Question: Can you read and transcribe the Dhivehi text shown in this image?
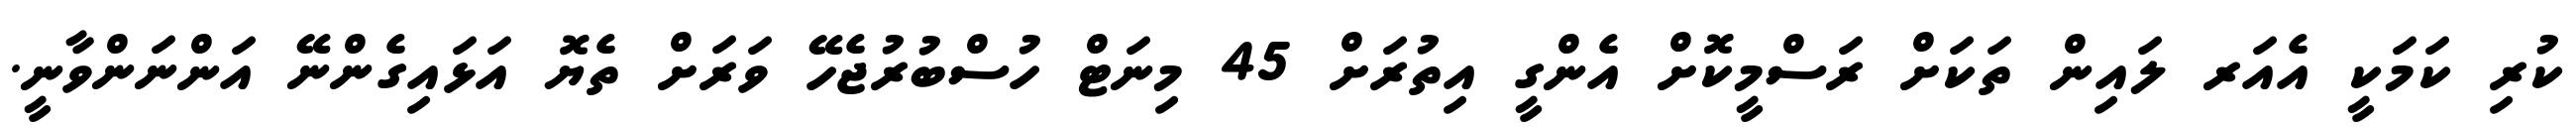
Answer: ކުރި ކަމަކީ އެއަރ ލައިން ތަކަށް ރަސްމީކޮށް އެންގީ އިތުރަށް 45 މިނަޓް ހުސްބުރުޖެހޭ ވަރަށް ތެޔޮ އަޅައިގެންނޭ އަންނަންވާނީ.